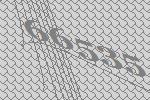
66535